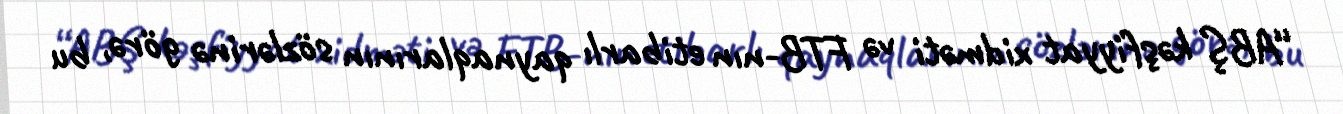
“ABŞ kəşfiyyat xidməti və FTB-nın etibarlı qaynaqlarının sözlərinə görə, bu